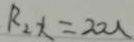
R _ { 2 } x = 2 0 u